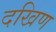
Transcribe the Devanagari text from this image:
दखिण